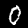
Digit: 0